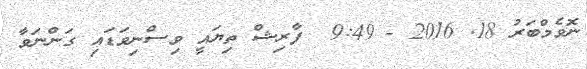
ނޮވެމްބަރު 18